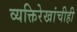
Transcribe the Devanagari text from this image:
व्यक्तिरेखांचीही